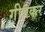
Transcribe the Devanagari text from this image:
गीतकर